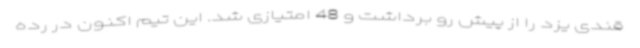
قندی یزد را از پیش رو برداشت و 48 امتیازی شد. این تیم اکنون در رده